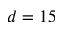
d = 1 5